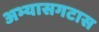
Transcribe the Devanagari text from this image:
अभ्यासगटास